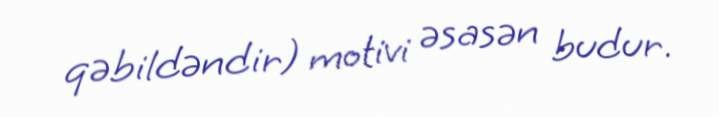
qəbildəndir) motivi əsasən budur.